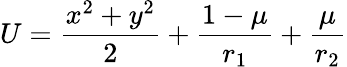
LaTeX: U=\frac{x^{2}+y^{2}}{2}+\frac{1-\mu}{r_{1}}+\frac{\mu}{r_{2}}